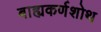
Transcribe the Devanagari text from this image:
बाह्यकर्णशोथ